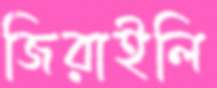
জিরাইলি